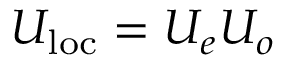
U _ { \mathrm { l o c } } = U _ { e } U _ { o }